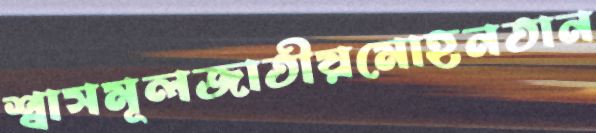
শ্বাসমূলজাতীয়মোহনতান